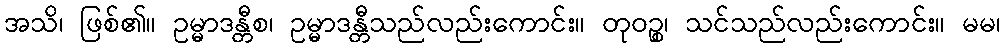
အသိ၊ ဖြစ်၏။ ဥမ္မာဒန္တီစ၊ ဥမ္မာဒန္တီသည်လည်းကောင်း။ တုဝဉ္စ၊ သင်သည်လည်းကောင်း။ မမ၊